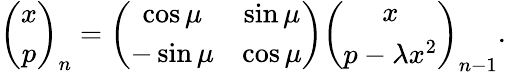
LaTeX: \left(\begin{array}{c}{x}\\ {p}\end{array}\right)_{n}=\left(\begin{array}{cc}{\cos\mu}&{\sin\mu}\\ {-\sin\mu}&{\cos\mu}\end{array}\right)\left(\begin{array}{c}{x}\\ {p-\lambda x^{2}}\end{array}\right)_{n-1}.